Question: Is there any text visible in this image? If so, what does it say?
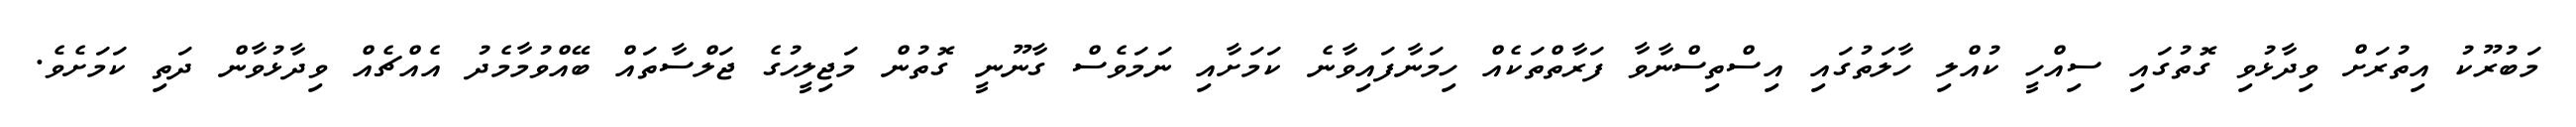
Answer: މަބުރޫކު އިތުރަށް ވިދާޅުވި ގޮތުގައި ސިއްހީ ކުއްލި ހާލަތުގައި އިސްތިސްނާވާ ފަރާތްތަކެއް ހިމަނާފައިވާނެ ކަމަށާއި ނަމަވެސް ގާނޫނީ ގޮތުން މަޖިލީހުގެ ޖަލްސާތައް ބޭއްވުމާމެދު އެއްޗެއް ވިދާޅުވާން ދަތި ކަމަށެވެ.